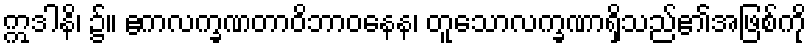
ဣဒါနိ၊ ၌။ ဧကလက္ခဏတာဝိဘာဝနေန၊ တူသောလက္ခဏာရှိသည်၏အဖြစ်ကို